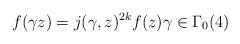
LaTeX: \begin{align*} f(\gamma z) = j(\gamma, z)^{2k} f(z) \gamma \in \Gamma_0(4)\end{align*}